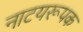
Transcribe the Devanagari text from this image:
नाटयरूपक